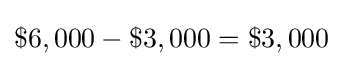
\$6,000-\$3,000=\$3,000